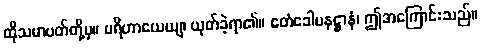
ထိုသမာပတ်တို့မှ။ ပရိဟာယေယျ၊ ယုတ်ခဲ့ရာ၏။ ဧတံခေါပနဋ္ဌာနံ၊ ဤအကြောင်းသည်။